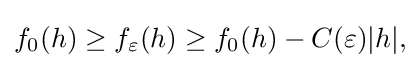
\displaystyle {f_{0}(h)\geq f_{\varepsilon }(h)\geq f_{0}(h)-C(\varepsilon )|h|,}